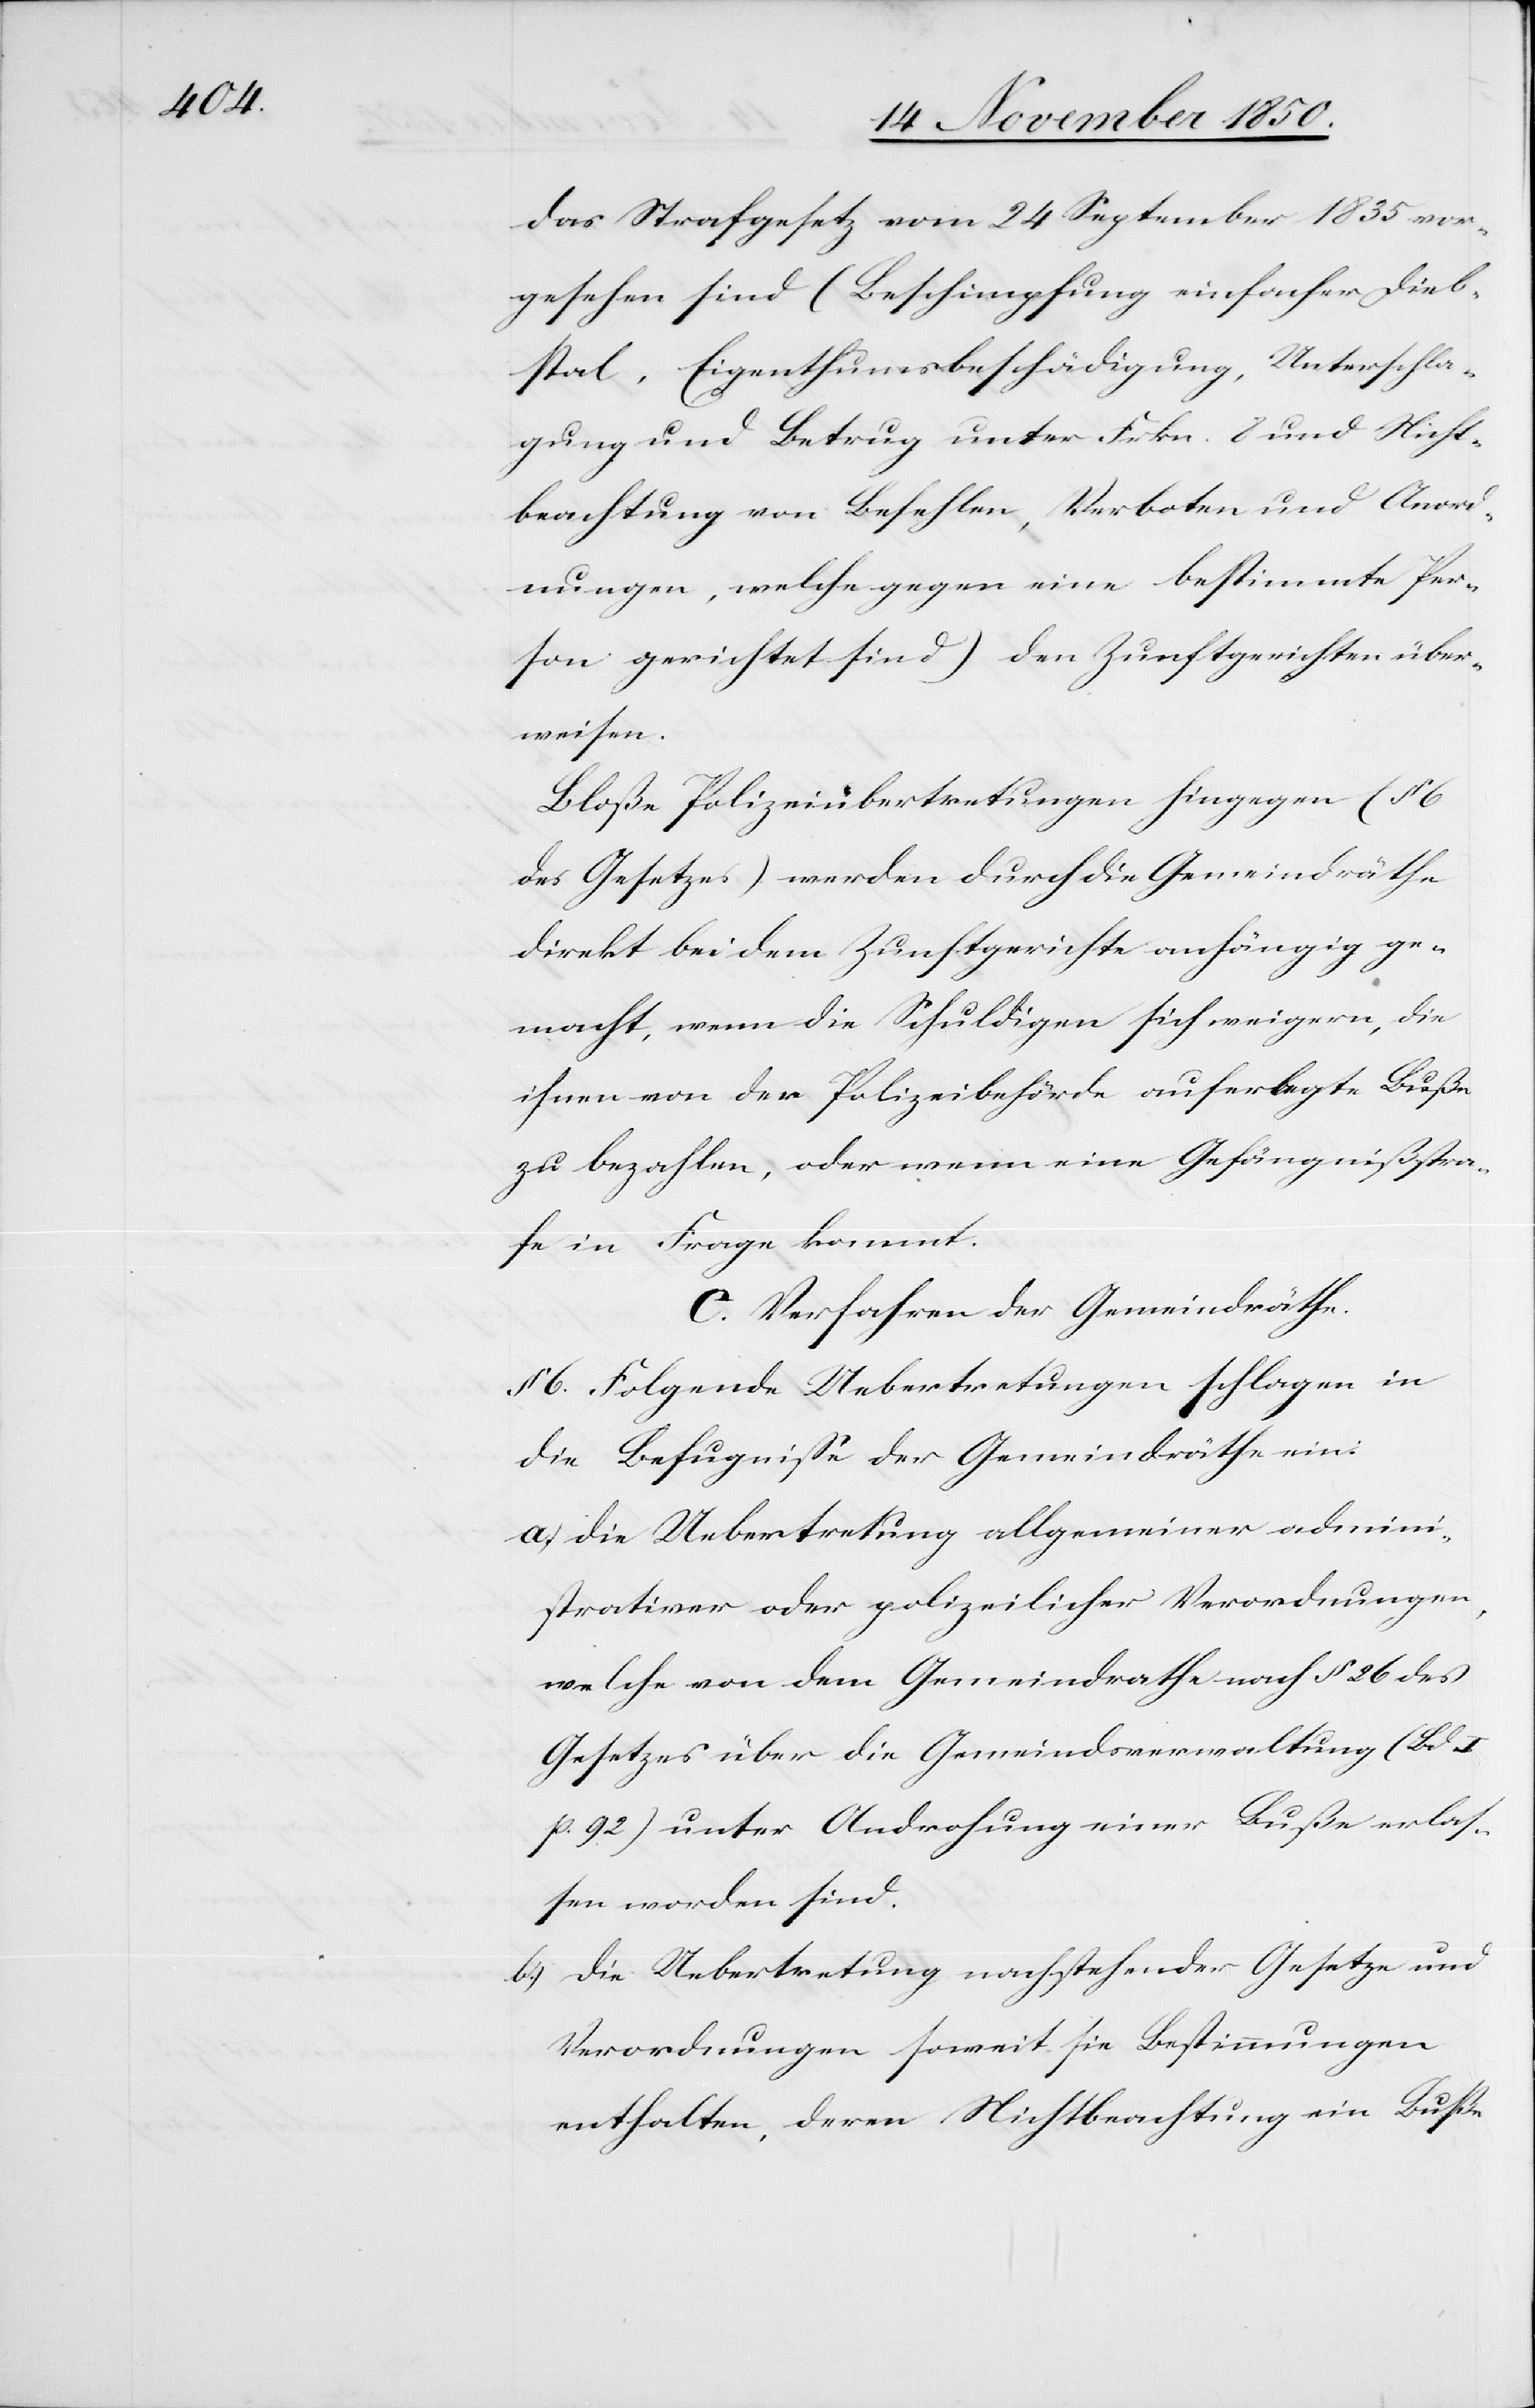
das Strafgesetz vom 24 September 1835 vor¬
gesehen sind (Beschimpfung[,] einfacher Dieb¬
stal, Eigenthumsbeschädigung, Unterschla¬
gung und Betrug unter Frkn. 8 und Nicht¬
beachtung von Befehlen, Verboten und Anord¬
nungen, welche gegen eine bestimmte Per¬
son gerichtet sind) den Zunftgerichten über¬
weisen.
Bloße Polizeiübertretungen hingegen (§ 6
des Gesetzes) werden durch die Gemeindräthe
direkt bei dem Zunftgerichte anhängig ge¬
macht, wenn die Schuldigen sich weigern, die
ihnen von der Polizeibehörde auferlegte Buße
zu bezahlen, oder wenn eine Gefängnißstra¬
fe in Frage kommt.
C. Verfahren der Gemeindräthe.
§ 6. Folgende Uebertretungen schlagen in
die Befugnisse der Gemeindräthe ein:
a.) die Uebertretung allgemeiner admini¬
strativer oder polizeilicher Verordnungen,
welche von dem Gemeindrathe nach § 26 des
Gesetzes über die Gemeindsverwaltung (Bd.
p. 92) unter Androhung einer Buße erlas¬
sen worden sind.
b.) die Uebertretung nachstehender Gesetze und
Verordnungen soweit sie Bestimmungen
enthalten, deren Nichtbeachtung ein[e] Busse